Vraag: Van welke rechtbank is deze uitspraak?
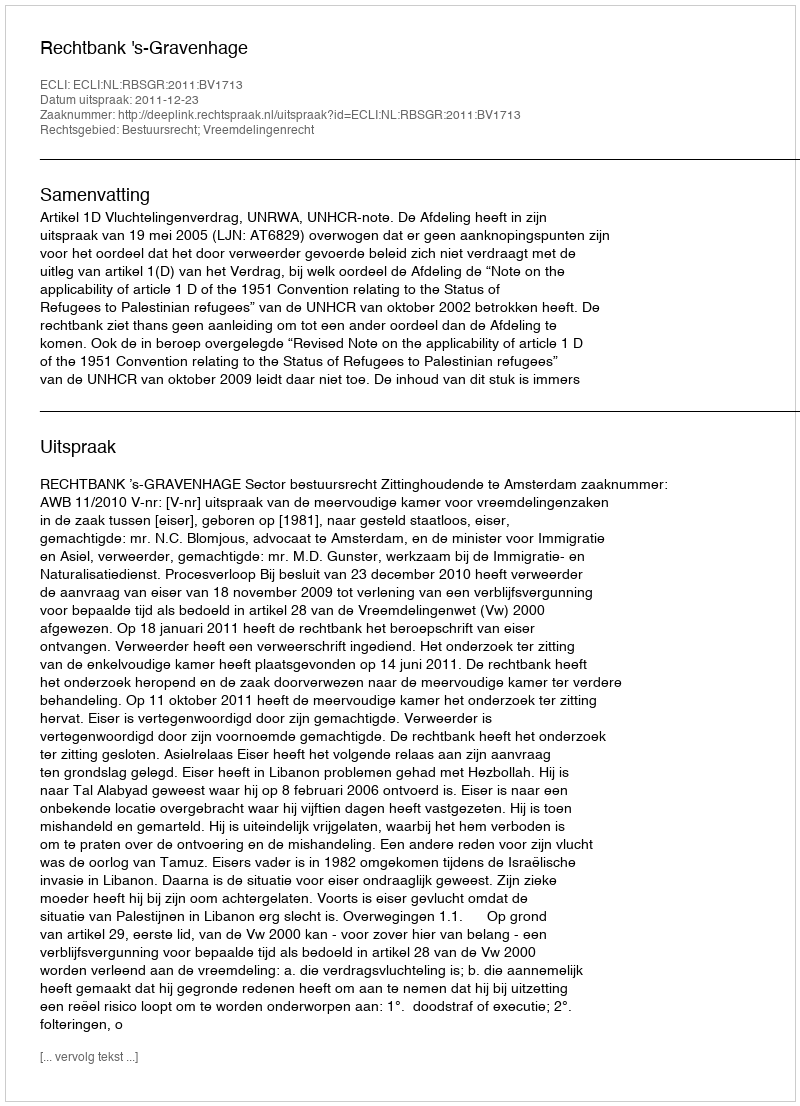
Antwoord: Rechtbank 's-Gravenhage